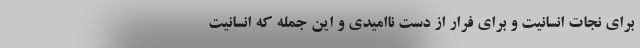
برای نجات انسانیت و برای فرار از دست ناامیدی و این جمله که انسانیت